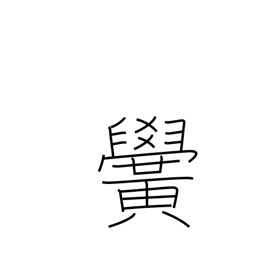
Meaning: school